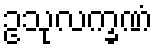
ဥသုလက္ခဏံ